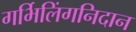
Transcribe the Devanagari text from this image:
गर्भिलिंगनिदान